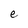
Character: e